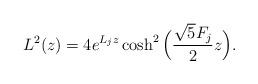
\begin{align*}L^2(z) = 4 e^{L_j z}\cosh^2 \Big ( \frac{\sqrt{5}F_j}{2} z\Big ).\end{align*}